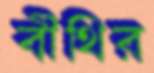
বীথির